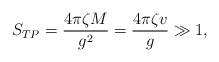
LaTeX: \begin{align*}S_{TP}=\frac{4\pi \zeta M}{g^2}=\frac{4\pi \zeta v}{g}\gg 1,\end{align*}